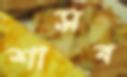
শাসব